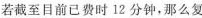
若截至目前已费时i2分钟，那么复